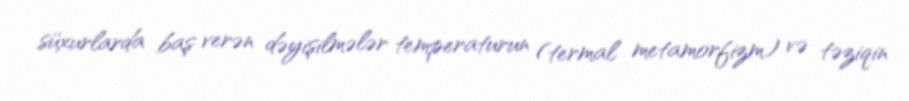
süxurlarda baş verən dəyişilmələr temperaturun (termal metamorfizm) və təziqin